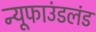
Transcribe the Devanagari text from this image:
न्यूफाउंडलंड